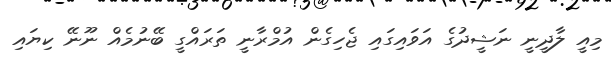
މިއީ ލާދީނީ ނަޝީދުގެ އަވައިގައި ޖެހިގެން އުމްރާނީ ތަރައްގީ ބޭނުމެއް ނޫނޭ ކިޔައި